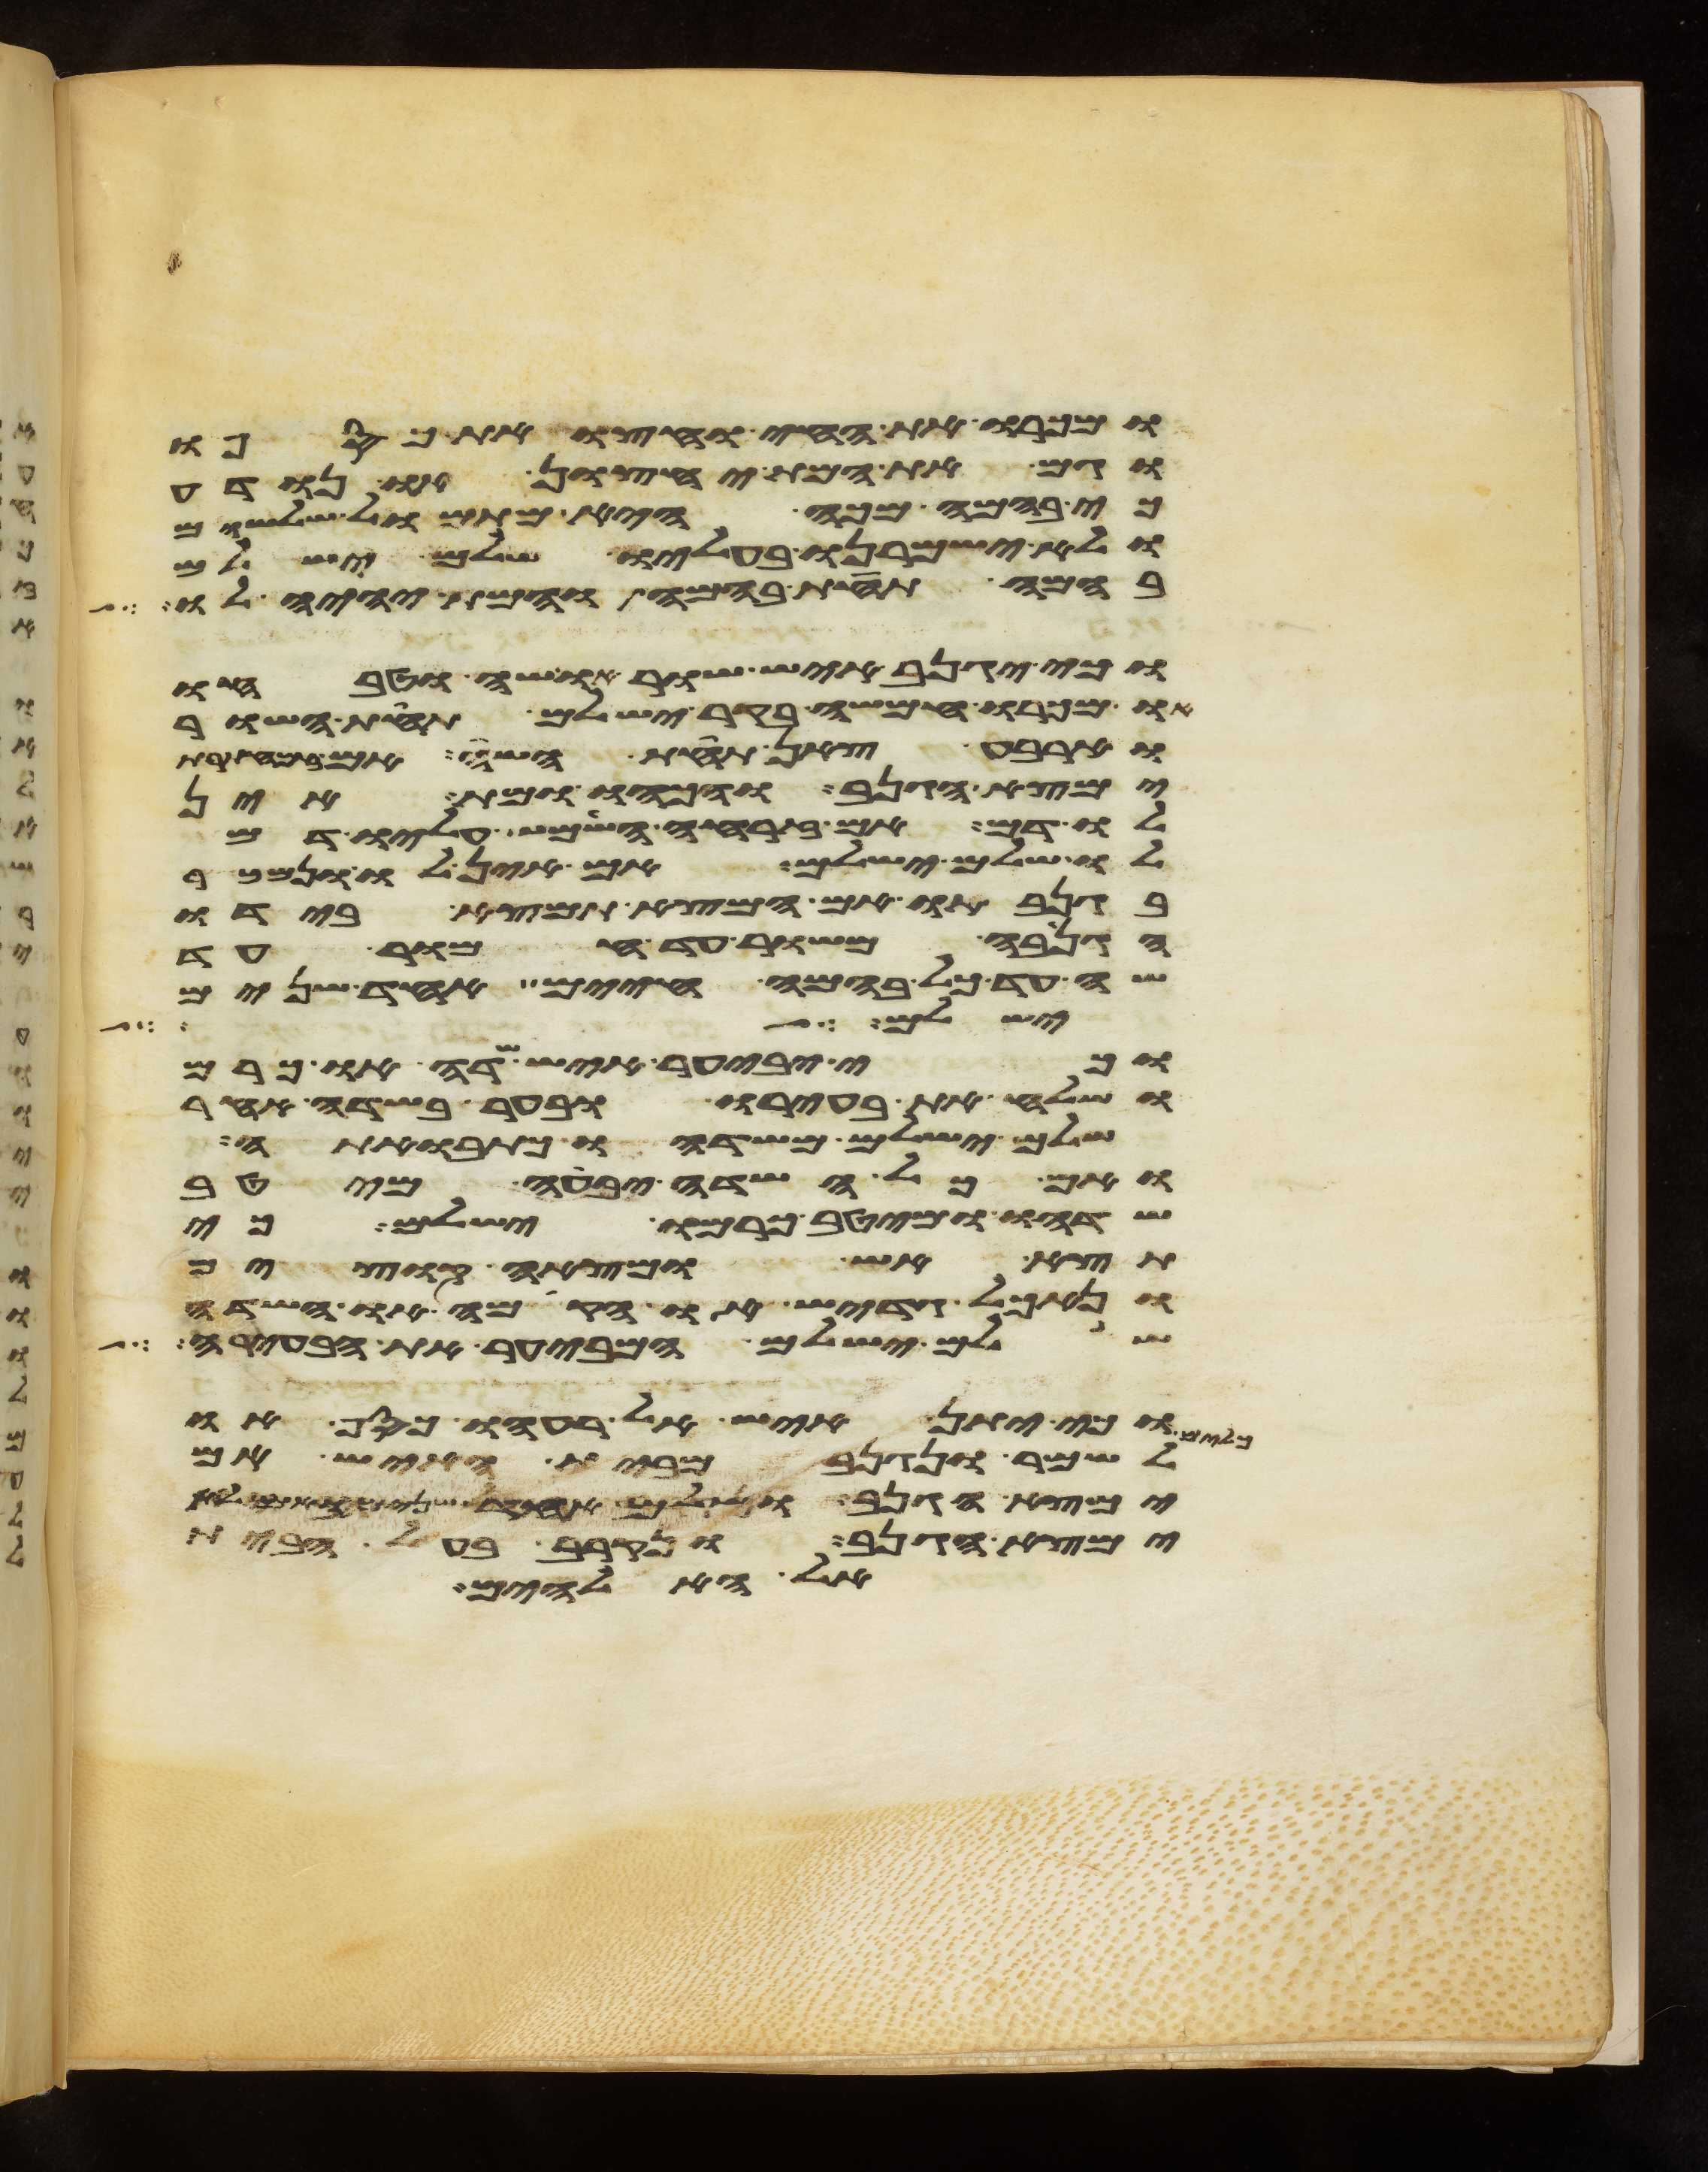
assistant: ומכרו את החי וחצו את כספו
וגם את המת יחצון או נודע
כי בהמה מכה היא מתמול שלשום
ולא ישמרנו בעליו שלם ישלם
בהמה תחת בהמה והמת יהיה לו
וכי יגנב איש שור או שה וטבחו
או מכרו חמשה בקר ישלם תחת השור
וארבע צאן תחת השה אם
ימצא הגנב והכהו ומת אין
לו דם אם זרחה השמש עליו דם
לו שלם ישלם אם אין לו ונמכר
בגנבתו אם המצא תמצא בידו
הגנבה משור עד חמור עד
שה עד כל בהמה חיים אחד שנים
ישלם לו
וכי יבעיר איש שדה או כרם
ושלח את בעירו ובער בשדה אחר
שלם ישלם משדהו כתבואתה
ואם כל השדה יבעה מיטב
שדהו ומיטב כרמו ישלם כי
תצא אש ומצאה קוצים
ונאכל גדיש או הקמה או שדה
שלם ישלם המבעיר את הבעירה
וכי יתן איש אל רעהו כסף או
לשמר ונגנב מבית האיש אם
ימצא הגנב ושלם אחד שנים ואם לא
ימצא הגנב ונקרב בעל הבית
אל האלהים